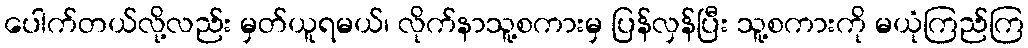
ပေါက်တယ်လို့လည်း မှတ်ယူရမယ်၊ လိုက်နာသူ့စကားမှ ပြန်လှန်ပြီး သူ့စကားကို မယုံကြည်ကြ